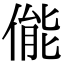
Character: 㑷